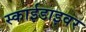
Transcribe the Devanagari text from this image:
स्काईडाइवर